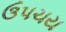
ઉપચય